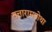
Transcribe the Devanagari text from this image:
नत्तारामपोथा